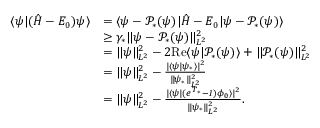
\begin{array} { r l } { \langle \psi | ( \hat { H } - E _ { 0 } ) \psi \rangle } & { = \langle \psi - \mathcal { P } _ { * } ( \psi ) | \hat { H } - E _ { 0 } | \psi - \mathcal { P } _ { * } ( \psi ) \rangle } \\ & { \geq \gamma _ { * } \Vert \psi - \mathcal { P } _ { * } ( \psi ) \Vert _ { L ^ { 2 } } ^ { 2 } } \\ & { = \Vert \psi \Vert _ { L ^ { 2 } } ^ { 2 } - 2 \mathrm { R e } \langle \psi | \mathcal { P } _ { * } ( \psi ) \rangle + \Vert \mathcal { P } _ { * } ( \psi ) \Vert _ { L ^ { 2 } } ^ { 2 } } \\ & { = \Vert \psi \Vert _ { L ^ { 2 } } ^ { 2 } - \frac { \vert \langle \psi | \psi _ { * } \rangle \vert ^ { 2 } } { \Vert \psi _ { * } \Vert _ { L ^ { 2 } } ^ { 2 } } } \\ & { = \Vert \psi \Vert _ { L ^ { 2 } } ^ { 2 } - \frac { \vert \langle \psi | ( e ^ { T _ { * } } - I ) \phi _ { 0 } \rangle \vert ^ { 2 } } { \Vert \psi _ { * } \Vert _ { L ^ { 2 } } ^ { 2 } } . } \end{array}